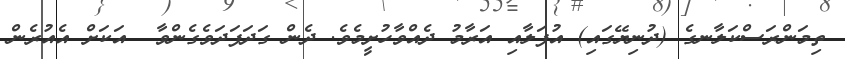
ތިމަންރަސްކަލާނގެ (ދުނިޔޭގައި) އުފަލާއި އަރާމު ދެއްވާހުށީމެވެ. ދެން ގަދަފަދަވެގެންވާ  އަކަށް އެއުރެން